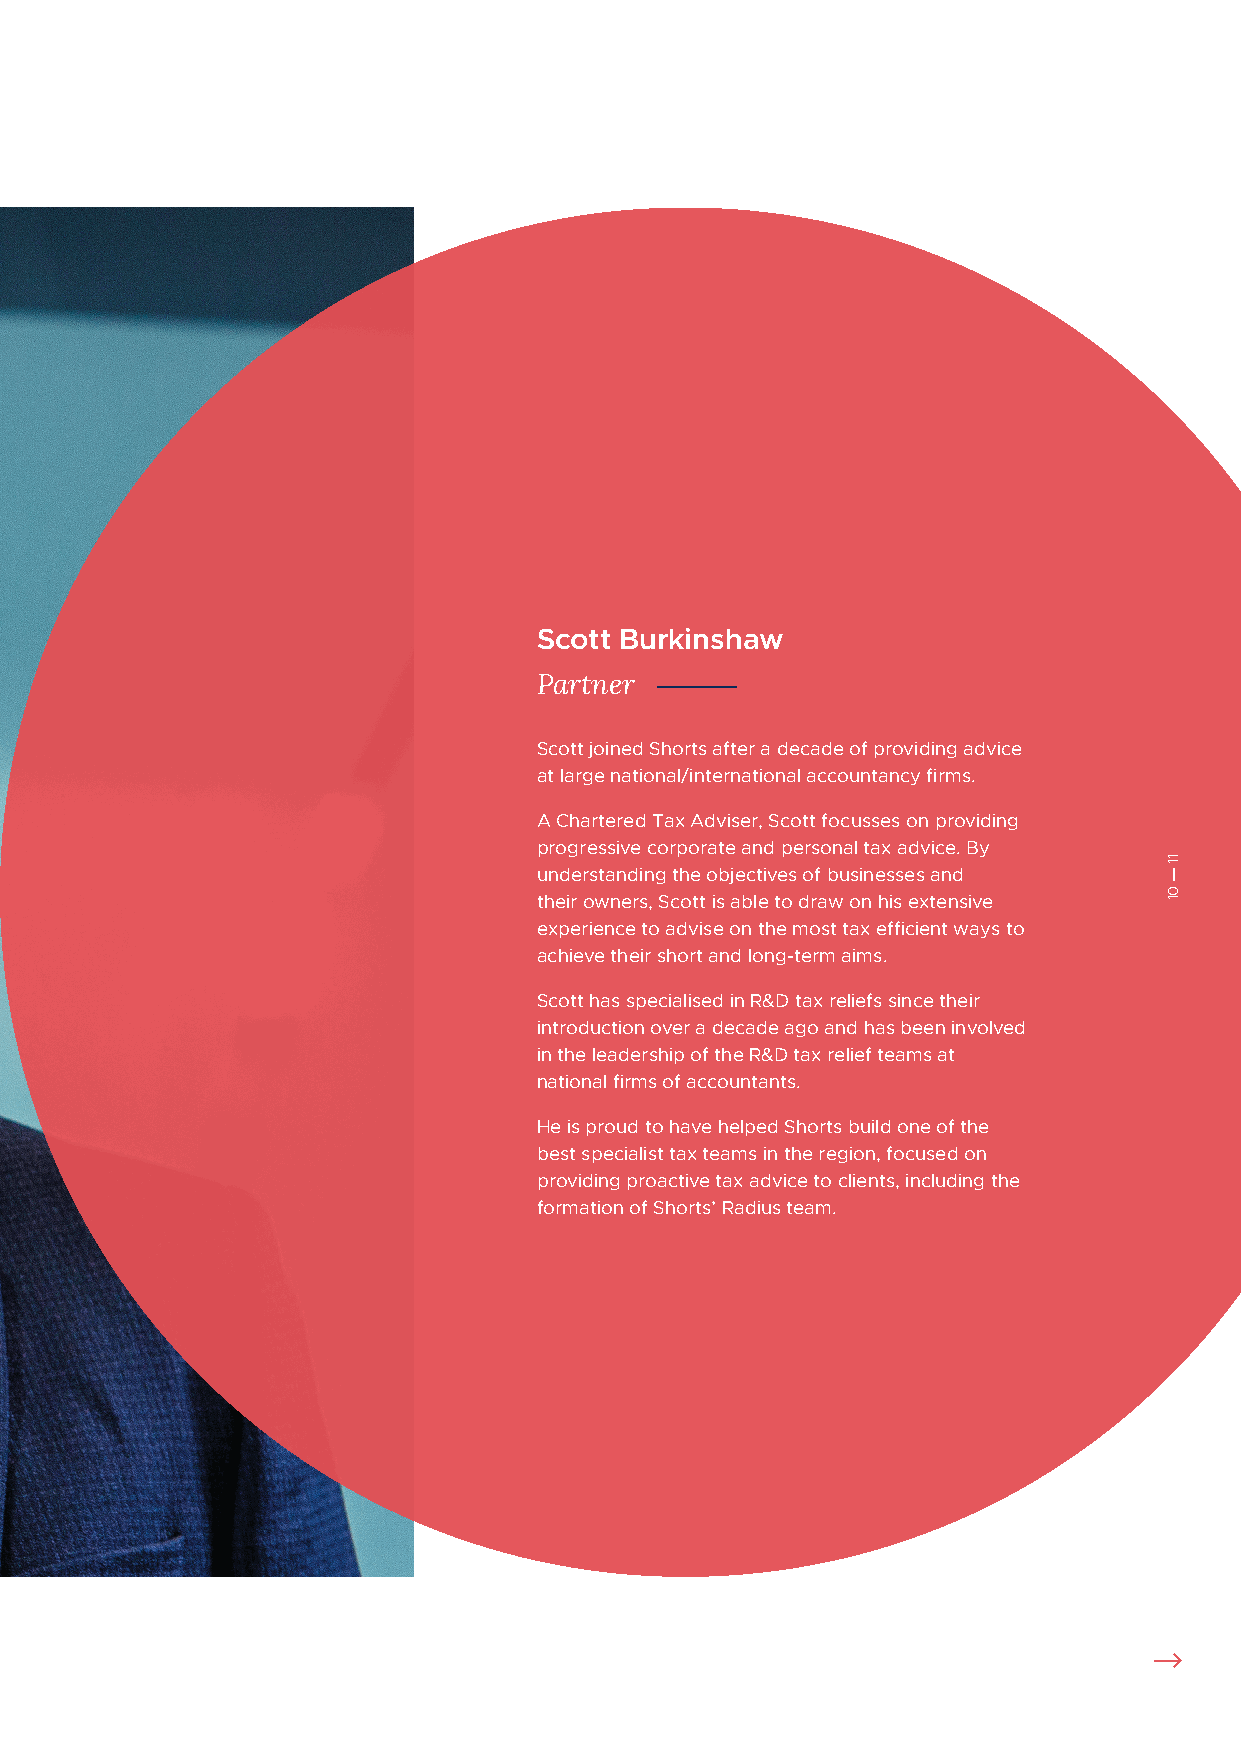
Scott Burkinshaw
 Partner
 Scott joined Shorts after a decade of providing advice
 at large national/international accountancy firms.
 A Chartered Tax Adviser, Scott focusses on providing
 progressive corporate and personal tax advice. By
 understanding the objectives of businesses and
 their owners, Scott is able to draw on his extensive
 experience to advise on the most tax efficient ways to
 achieve their short and long-term aims.
 Scott has specialised in R&D tax reliefs since their
 introduction over a decade ago and has been involved
 in the leadership of the R&D tax relief teams at
 national firms of accountants.
 He is proud to have helped Shorts build one of the
 best specialist tax teams in the region, focused on
 providing proactive tax advice to clients, including the
 formation of Shorts’ Radius team.
 11
 ----
 01